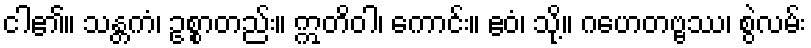
ငါ၏။ သန္တကံ၊ ဥစ္စာတည်း။ ဣတိဝါ၊ ကောင်း။ ဧဝံ၊ သို့။ ဂဟေတဗ္ဗဿ၊ စွဲလမ်း